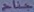
جناح